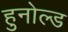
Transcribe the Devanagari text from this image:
हुनोल्ड